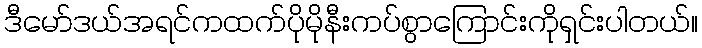
ဒီမော်ဒယ်အရင်ကထက်ပိုမိုနီးကပ်စွာကြောင်းကိုရှင်းပါတယ်။